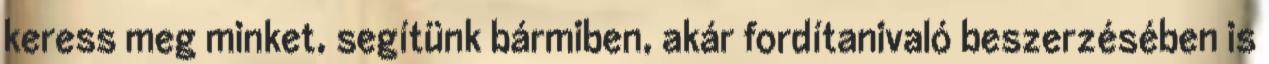
keress meg minket, segítünk bármiben, akár fordítanivaló beszerzésében is